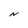
Character: N